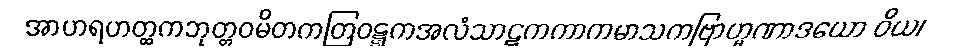
အာဟရဟတ္ထကဘုတ္တဝမိတကတြဝဋ္ဋကအလံသာဋကကာကမာသကဗြာဟ္မဏာဒယော ဝိယ၊